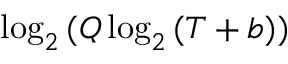
\log _ { 2 } { ( Q \log _ { 2 } { ( T + b ) } ) }